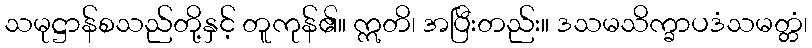
သမုဋ္ဌာန်စသည်တို့နှင့် တူကုန်၏။ ဣတိ၊ အပြီးတည်း။ ဒသမသိက္ခာပဒံသမတ္တံ၊